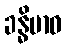
ခန္ဓိမာဝ